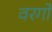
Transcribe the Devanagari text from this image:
वरगों